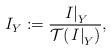
LaTeX: \begin{align*}I_{Y}:=\frac{\left. I\right\vert _{Y}}{\mathcal{T}(\left.I\right\vert _{Y})},\end{align*}